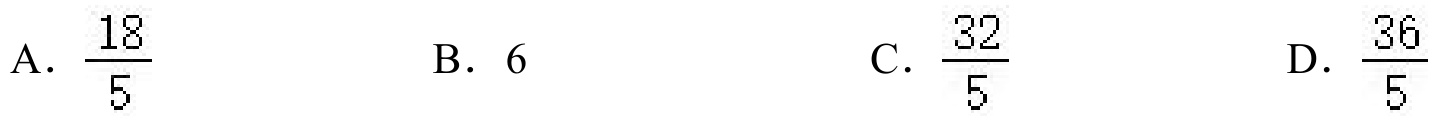
A．\(\frac{18}{5}\)  B．\(6\)  C．\(\frac{32}{5}\)  D．\(\frac{36}{5}\)